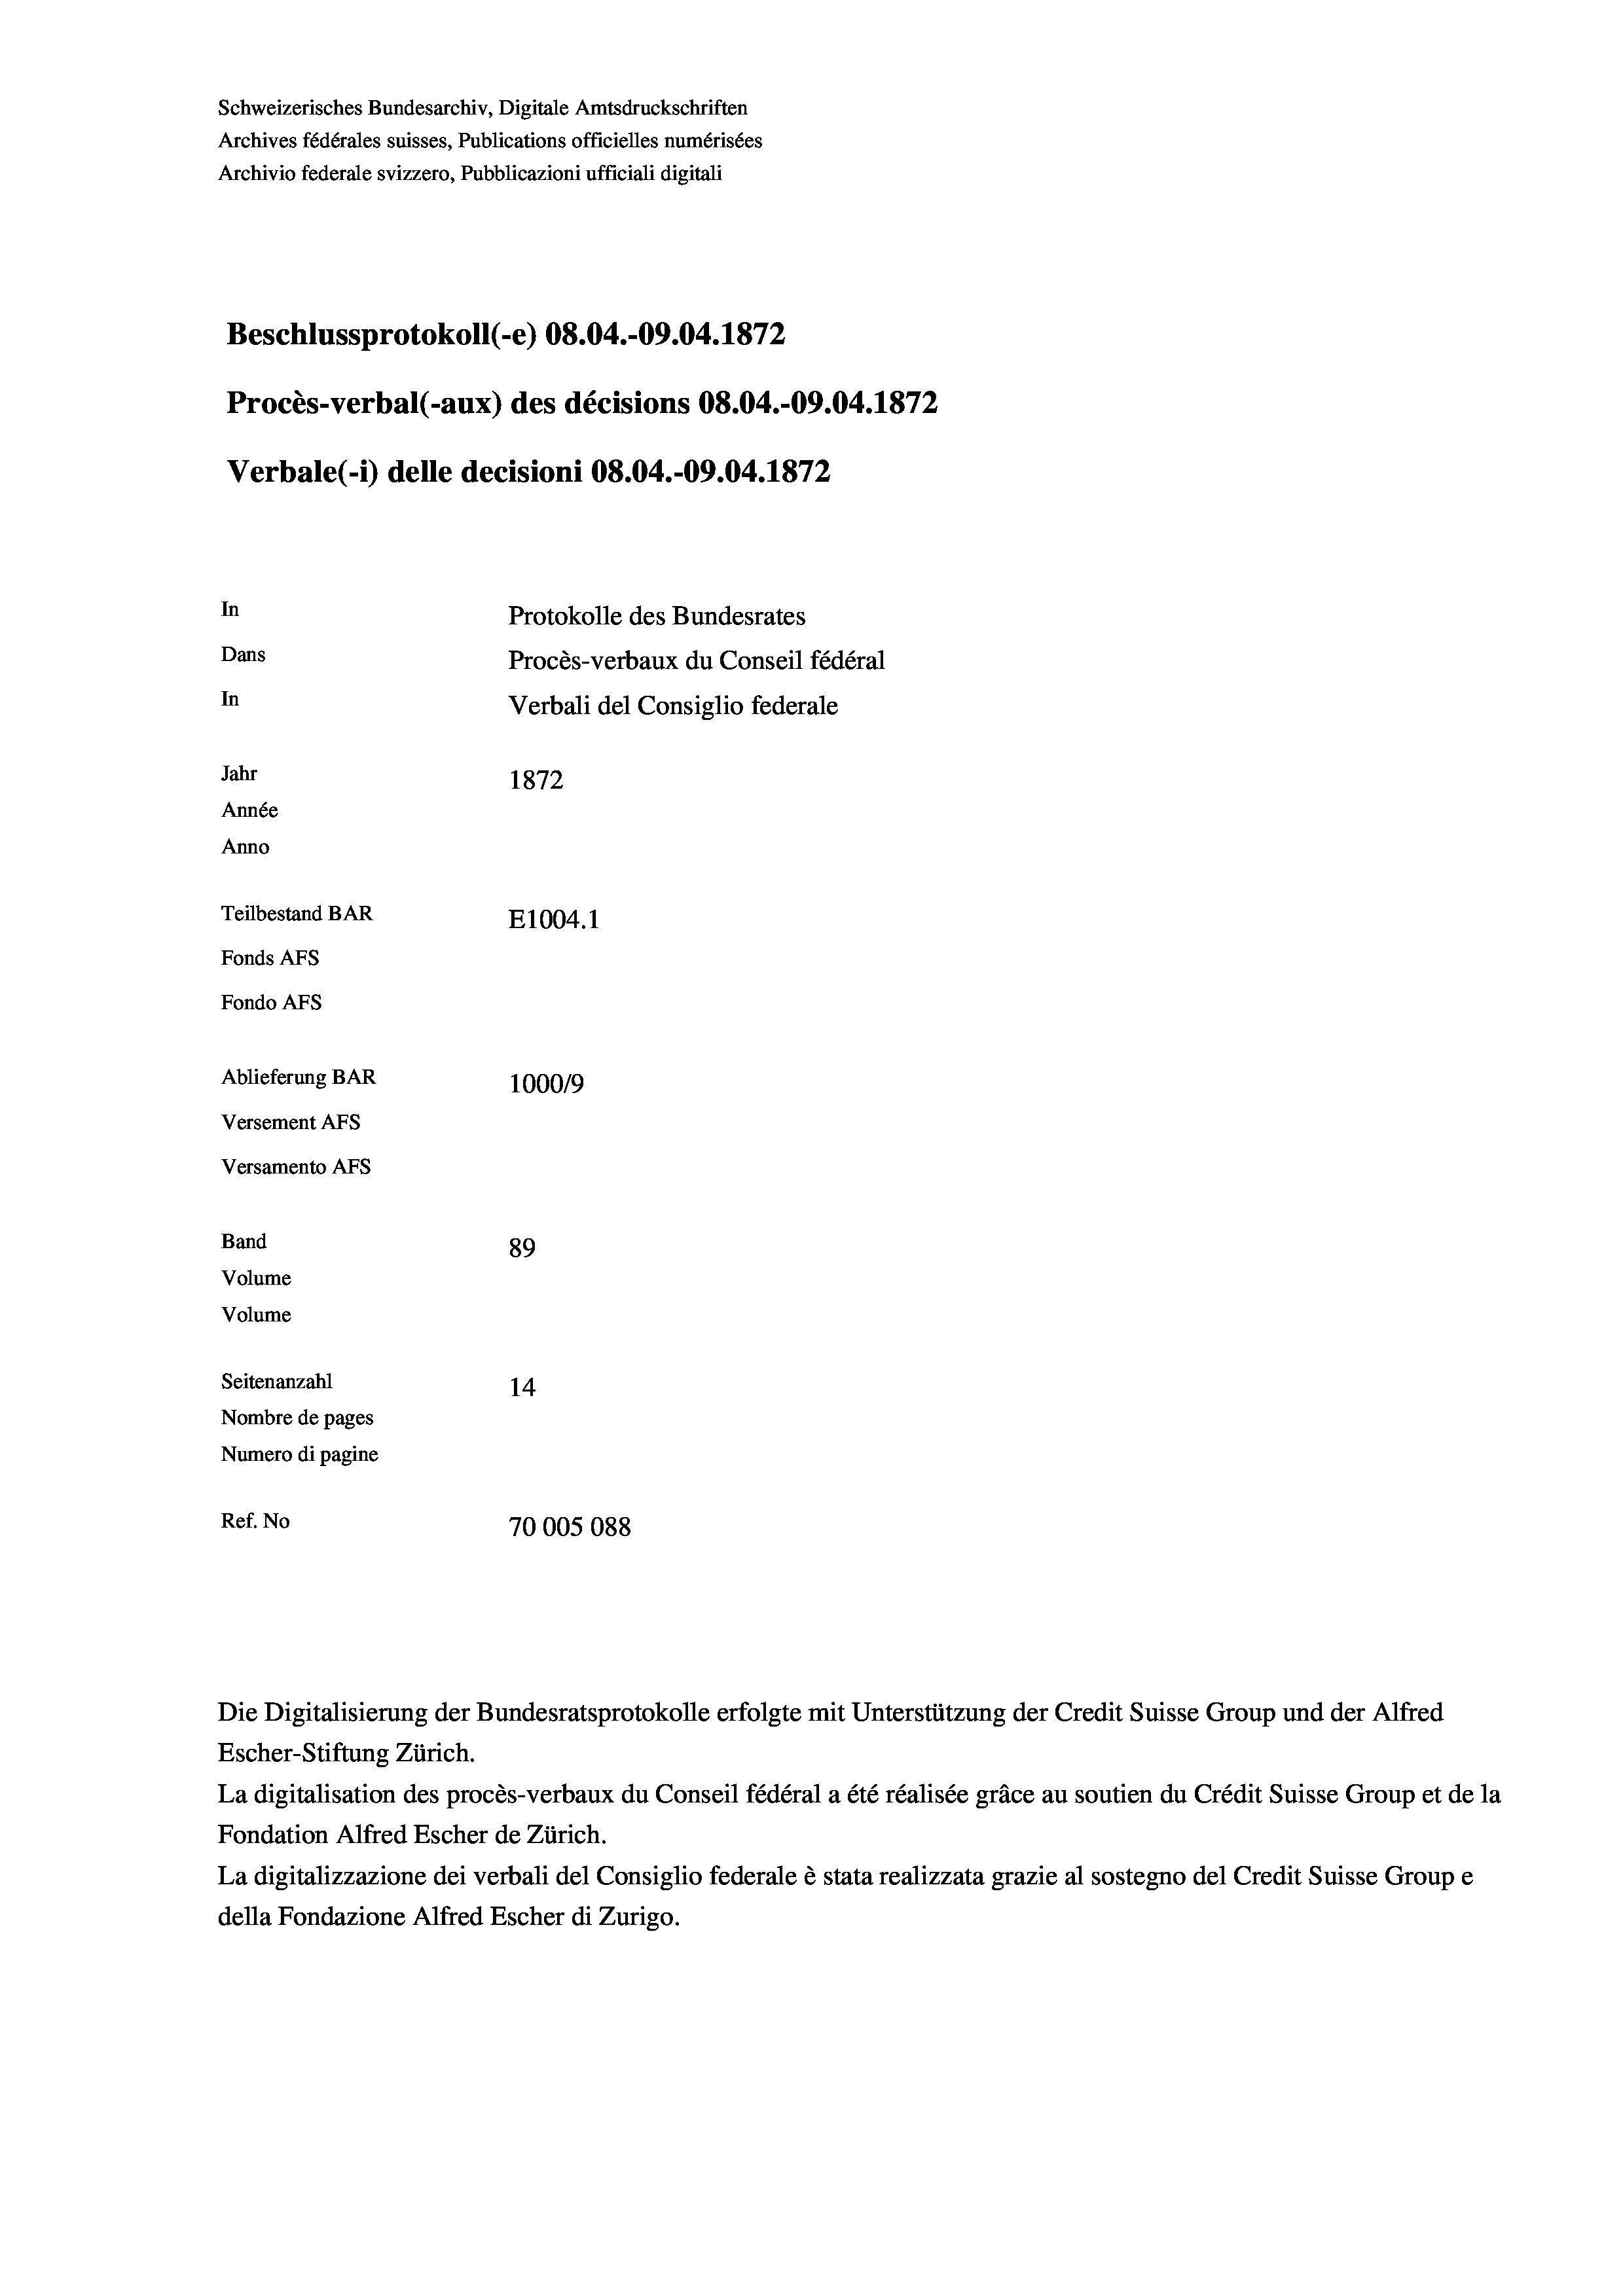
Schweizerisches Bundesarchiv, Digitale Amtsdruckschriften
Archives fédérales suisses, Publications officielles numérisées
Archivio federale svizzero, Pubblicazioni ufficiali digitali
Beschlussprotokoll (-e) 08.04.-09.04. 1872
Procès-verbal (-aux) des décisions 08.04.-09.04. 1872
Verbale (- 1) delle decisioni 08.04.-09.04. 1872
In
Protokolle des Bundesrates
Dans
Procès-verbaux du Conseil fédéral
In
Verbali del Consiglio federale
Jahr
1872
Année
Anno
Teilbestand BAR
E1004. 1
Fonds AFs
Fondo Afs
Ablieferung BAR
100019
Versement AFs
Versamento Afs

89
Seitenanzahl
14
Nombre de pages
Numero di pagine
Ref. No
70005088

Band
Volume

Volume

Die Digitalisierung der Bundesratsprotokolle erfolgte mit Unterstützung der Credit Suisse Group und der Alfred
Escher-Stiftung Zürich.
La digitalisation des procès-verbaux du Conseil fédéral a été réalisée gräce au soutien du Crédit Suisse Group et de la
Fondation Alfred Escher de Zürich.
La digitalizzazione dei verbali del Consiglio federale è stata realizzata grazie al sostegno del Credit Suisse Groupe
della Fondazione Alfred Escher di Zurigo.